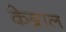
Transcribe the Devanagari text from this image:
केब्राल